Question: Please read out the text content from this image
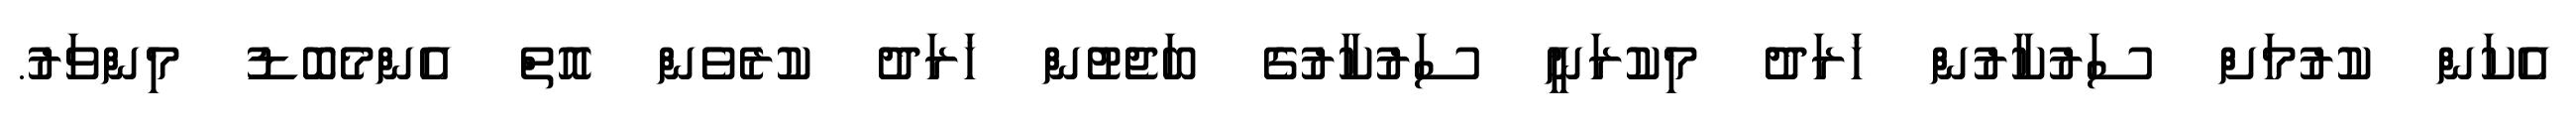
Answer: އެކަން ކުރުމަށް ސަރުކާރުން ޚަރަދު މިކުރަނީ ސަރުކާރުގެ ބަޖެޓުން ޚަރަދު ކުރެވެން އޮތް އެންމެބޮޑު މިންވަރު.